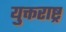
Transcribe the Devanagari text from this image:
युक्तराष्ट्र